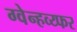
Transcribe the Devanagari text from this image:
ग्वेन्हव्य्फर